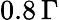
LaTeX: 0.8\, \Gamma